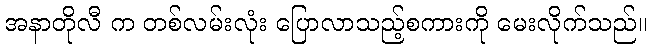
အနာတိုလီ က တစ်လမ်းလုံး ပြောလာသည့်စကားကို မေးလိုက်သည်။